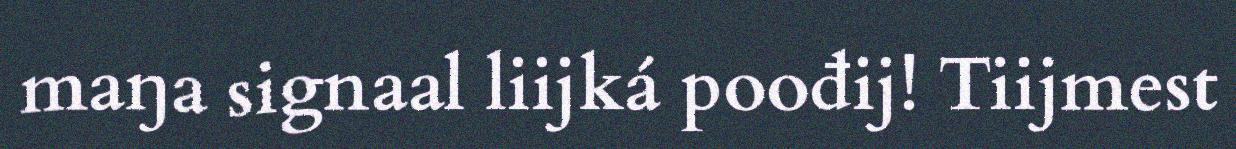
maŋa signaal liijká poođij! Tiijmest